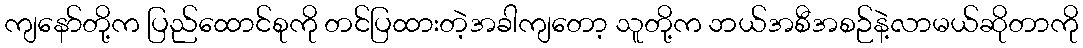
ကျနော်တို့က ပြည်ထောင်စုကို တင်ပြထားတဲ့အခါကျတော့ သူတို့က ဘယ်အစီအစဉ်နဲ့လာမယ်ဆိုတာကို